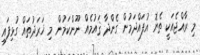
މި ރާއްޖެއަކީ ތެޔޮ އުފައްދަމުން ގެންދާ ޤައުމެއް ނޫންކަމުން މި ޚަރަދުތައް ގުޅިފައި